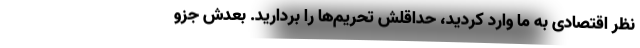
نظر اقتصادی به ما وارد کردید، حداقلش تحریم‌ها را بردارید. بعدش جزو